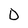
Character: D